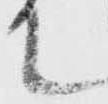
て